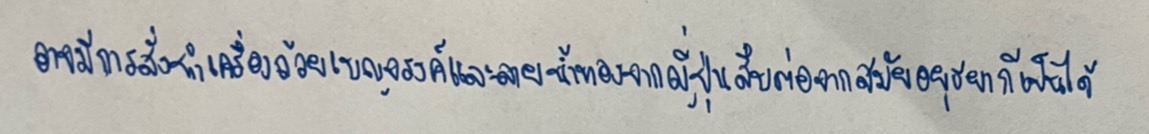
อาจมีการสั่งทำเครื่องถ้วยเบญจรงค์และลายน้ำทองจากญี่ปุ่นสืบต่อจากสมัยอยุธยาก็เป็นได้